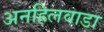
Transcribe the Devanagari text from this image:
अनहिलवाडा